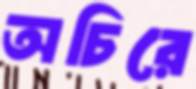
অচিরে